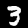
Digit: 3